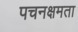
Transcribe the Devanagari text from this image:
पचनक्षमता